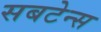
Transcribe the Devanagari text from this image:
सबटेन्स